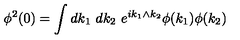
\phi ^ { 2 } ( 0 ) = \int d k _ { 1 } \ d k _ { 2 } \ e ^ { i k _ { 1 } \wedge k _ { 2 } } \phi ( k _ { 1 } ) \phi ( k _ { 2 } )